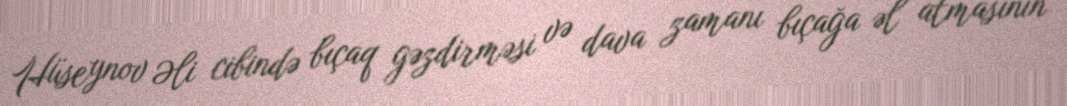
Hüseynov Əli cibində bıçaq gəzdirməsi və dava zamanı bıçağa əl atmasının